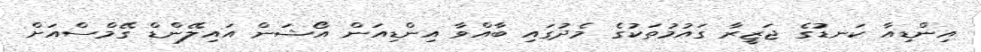
އިންޑިއާ ކަނޑުގެ ޖަޒީރާ ގައުމުތަކުގެ މެދުގައި ބާއްވާ އިންޑިއަން އޯޝަން އައިލޭންޑް ގޭމްސްއަށް